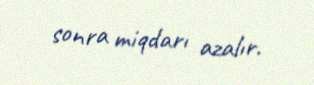
sonra miqdarı azalır.